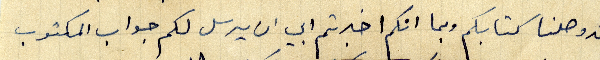
فقد وصلنا كتابكم وبما انكم اخبرتم ابي ان يرسل لكم جواب المكتوب